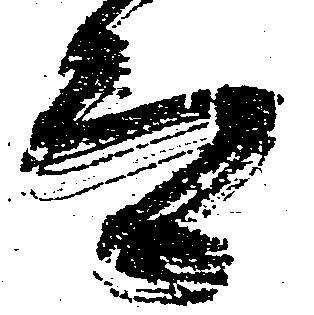
而